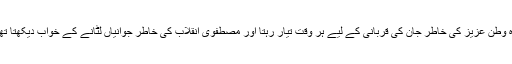
وہ وطن عزیز کی خاطر جان کی قربانی کے لیے ہر وقت تیار رہتا اور مصطفوی اِنقلاب کی خاطر جوانیاں لٹانے کے خواب دیکھتا تھا۔